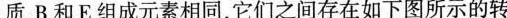
质，B和E组成元素相同，它们之间存在如下图所示的转